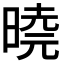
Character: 𭦩